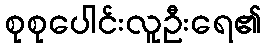
စုစုပေါင်းလူဦးရေ၏